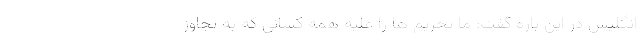
انگلیس در این باره گفت: ما تحریم ها را علیه همه کسانی که به تجاوز